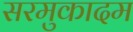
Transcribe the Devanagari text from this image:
सरमुकादम